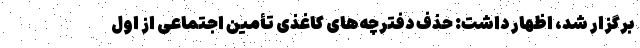
برگزار شد، اظهار داشت: حذف دفترچه‌های کاغذی تأمین اجتماعی از اول